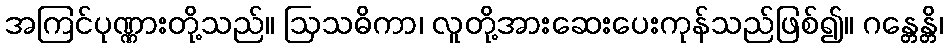
အကြင်ပုဏ္ဏားတို့သည်။ ဩသဓိကာ၊ လူတို့အားဆေးပေးကုန်သည်ဖြစ်၍။ ဂန္တေန္တိ၊